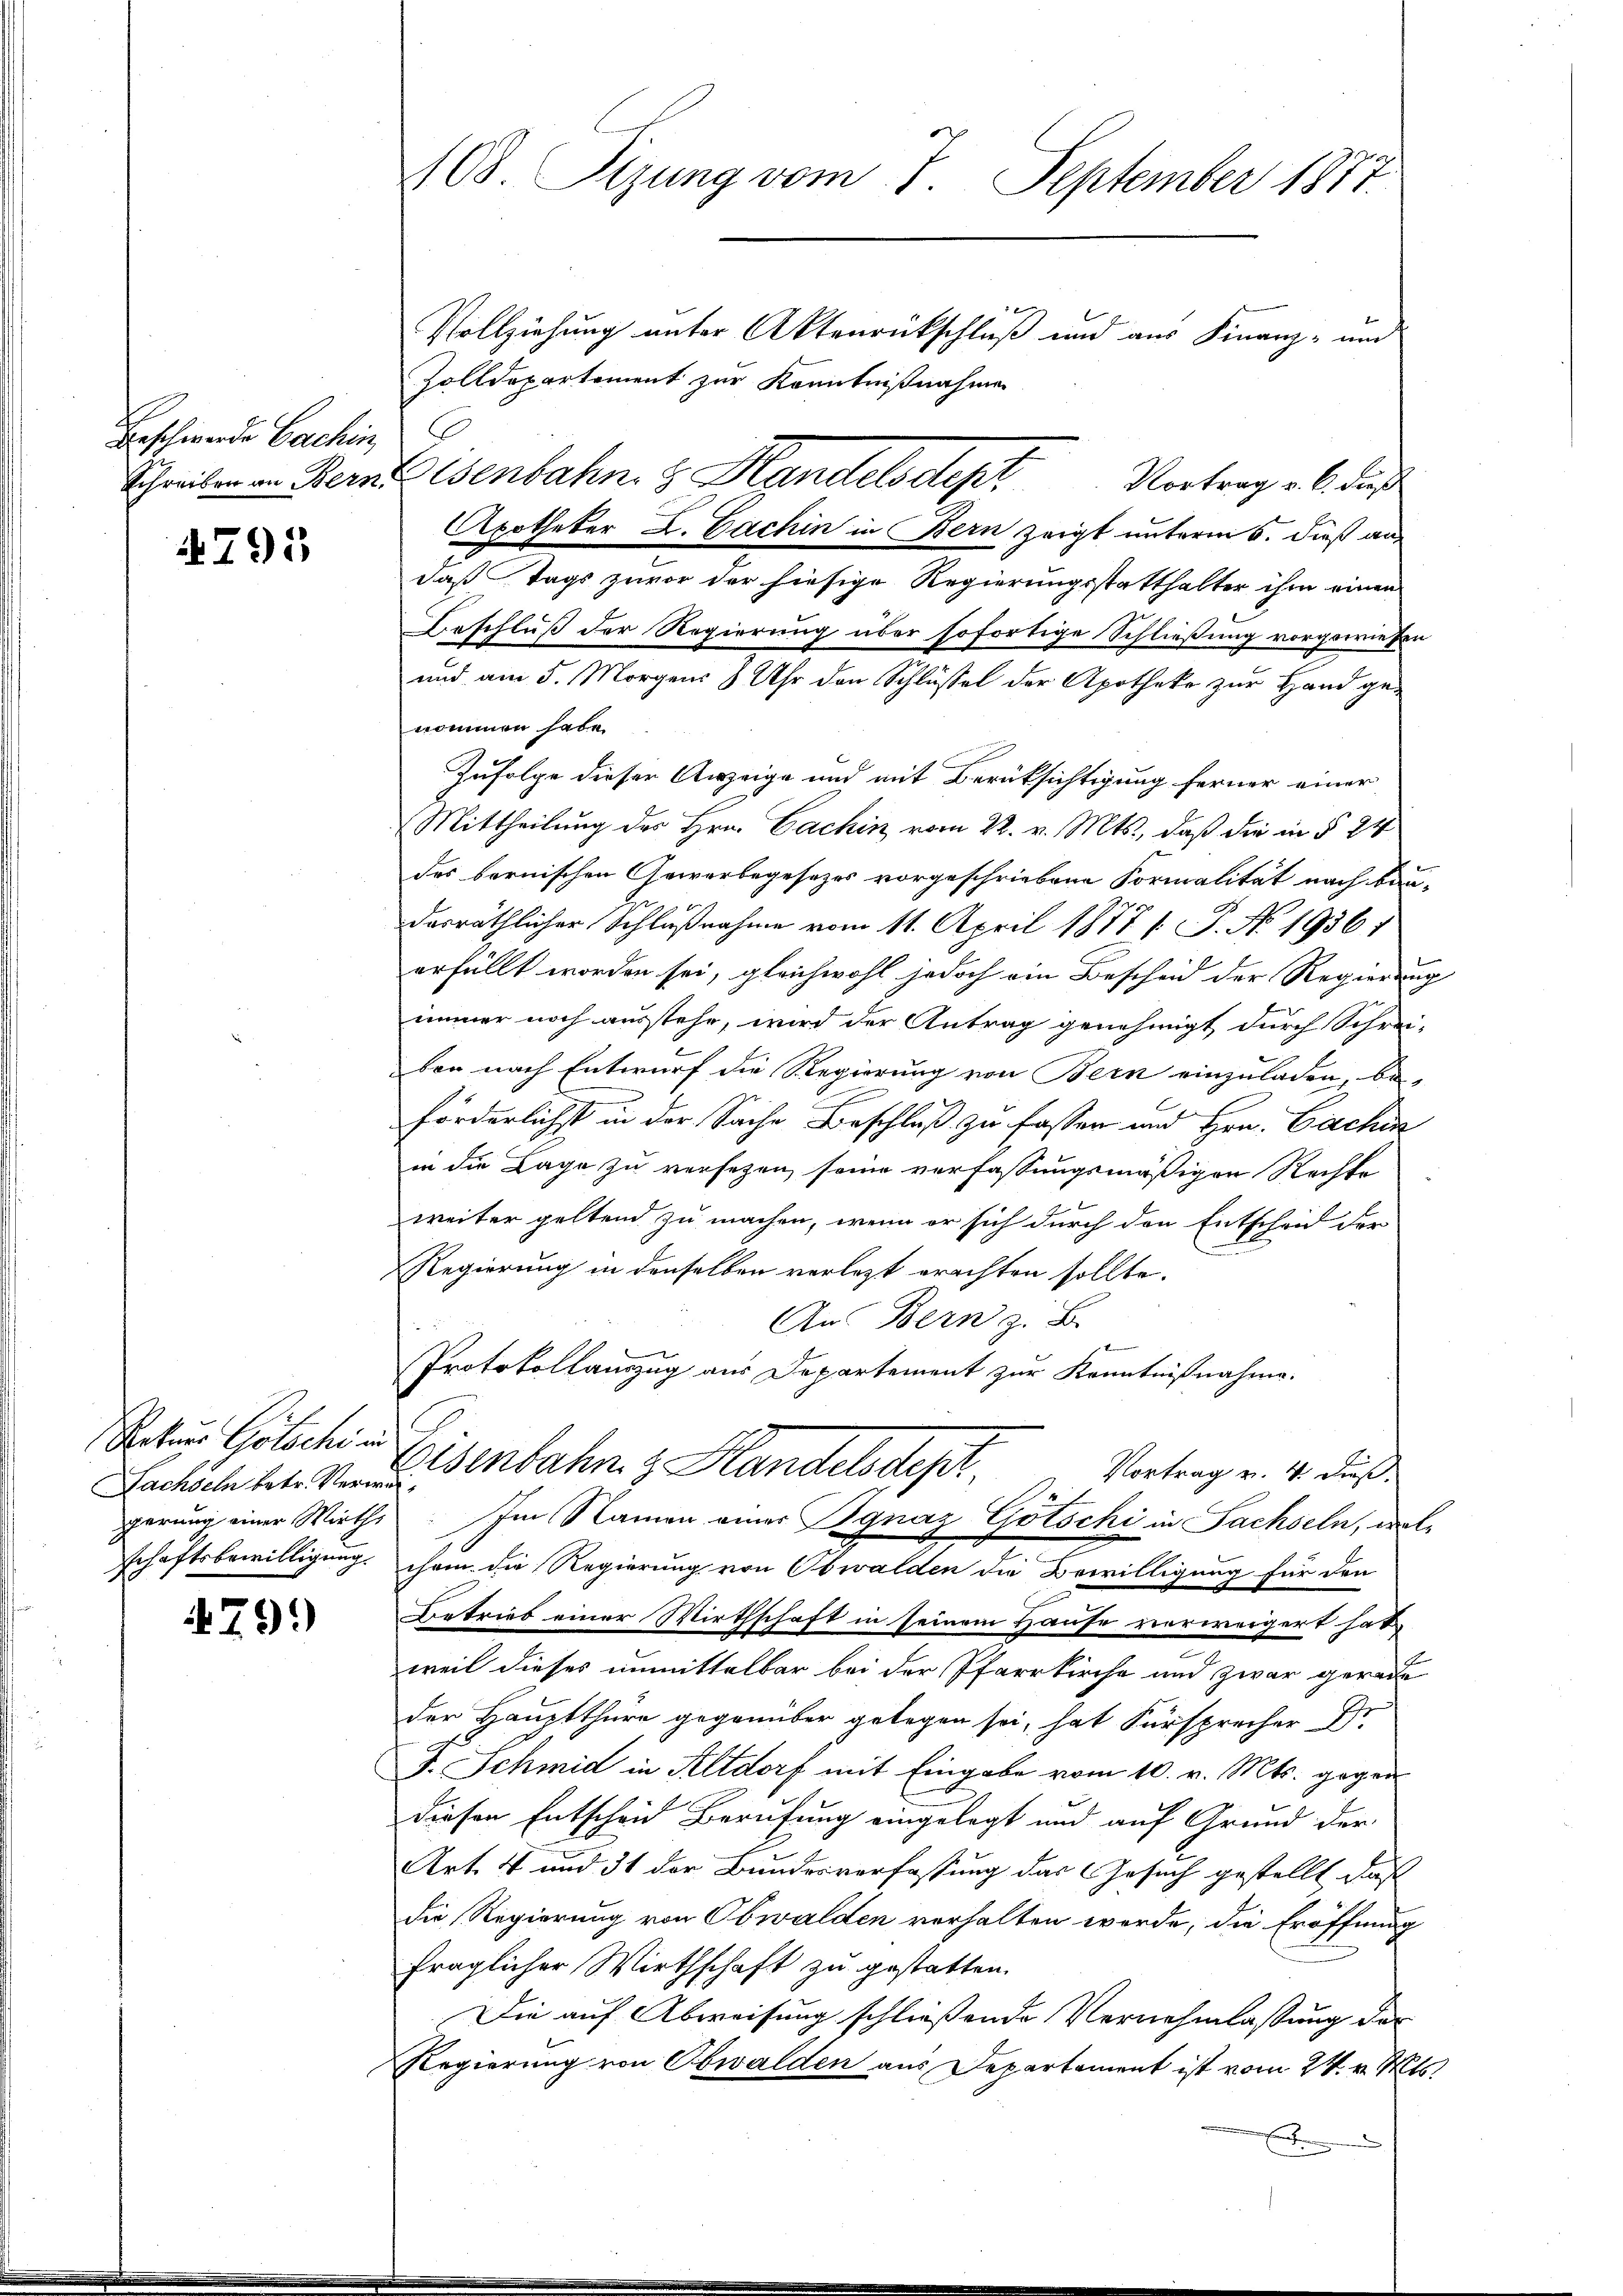
Beschwerde Bachin

4795

Rotus Götschi in
schaftsbewilligung

79.)

108. Sizung vom 7. September 1877
Vollziehung unter Aktenrückschluß und aus Finanz- und
Zolldepartement zur Kenntnißnahmen
Schreiben in Bernenbahn & Handelsdept.

Vortrag v. 6. dieß
daß Tags zuvor der hiesige Regierungsstatthalter ihm einen
Beschluß der Regierung über sofortige Schließung vorgewiesen
und am 5. Morgens 8 Uhr den Schlüssel der Apotheke zur Hand genommen habe.
Zufolge dieser Anzeige und mit Berüksichtigung ferner einer
Mittheilung des Hrn. Cachin vom 22. v. Mts., daß die in § 24
des bernischen Gewerbegesezes vorgeschriebene Formalität nach Bau-
dasräthlicher Schlußnahme vom 11. April 1877 / P. No 1936 1
erfüllt worden sei, gleichwohl jedoch ein Bescheid der Regierung
immer noch ausstehe, wird der Antrag genehmigt durch Schrei-
ben nach Entwurf die Regierung von Bern einzuladen, be
.
förderlichst in der Sache Beschluß zu fassen und Hrn. Cachen
in die Lage zu versezen seine verfassungsmäßigen Rechte
weiter geltend zu machen, wenn er sich durch den Entscheid der
Regierung in denselben verletzt erachten sollte.
An Bern z. B.
Protokollauszug aus Departement zur Kenntnißnahme.
Vortrag v. 4. Dieß.
Lachseln kt. Bisenbahn z. Handelsdep
gerung einer Wirths. Im Namen einer Begnaz Gotschi in Sachseln, welcheen die Regierung von Obwalden die Bewilligung für den
Betrieb einer Wirthschaft in seinem Hause verweigert hat,
weil dieses unmittelbar bei der Pfarrkirche und zwar gerade
der Hauptthüre gegenüber gelegen sei, hat Fürsprecher Dr.
F. Schmid in Altdorf mit Eingabe vom 10. v. Mts. gegen
diesen Entscheid Berufung eingelegt und auf Grund der
Art. 4 und 31 der Bundesverfassung das Gesuch gestellt, daß
die Regierung von Obwalden verhalten werde, die Eröffnung
fraglicher Wirthschaft zu gestatten.
Die auf Abweisung schließende Vernehmlassung der
Regierung von Obwalden aus Departement ist vom 24. v. Mts.

Apotheker L. Cachin in Bern zeigt unterm 6. dieß auf